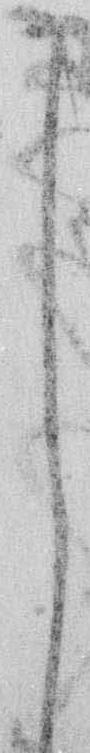
し